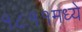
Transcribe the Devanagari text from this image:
१८११मध्ये